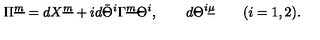
\Pi ^ { \underline { m } } = d X ^ { \underline { m } } + i d \bar { \Theta } ^ { i } \Gamma ^ { \underline { m } } \Theta ^ { i } , \qquad d \Theta ^ { i \underline { \mu } } \qquad ( i = 1 , 2 ) .